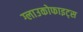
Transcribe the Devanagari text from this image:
ग्लाउकोफाइट्स